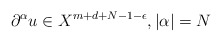
\begin{align*}\partial^\alpha u\in X^{m+d+N-1-\epsilon},|\alpha|=N\end{align*}